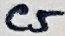
Text: C5